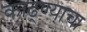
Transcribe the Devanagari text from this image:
काढ्ण्याचा